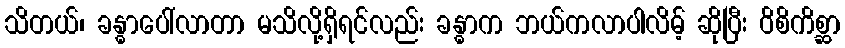
သိတယ်၊ ခန္ဓာပေါ်လာတာ မသိလို့ရှိရင်လည်း ခန္ဓာက ဘယ်ကလာပါလိမ့် ဆိုပြီး ဝိစိကိစ္ဆာ